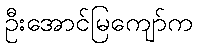
ဦးအောင်မြကျော်က